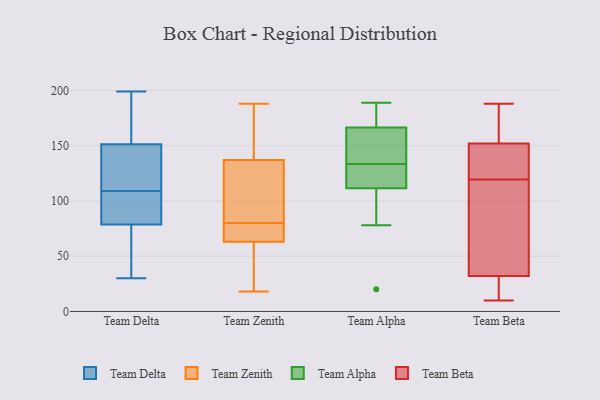
{"axis": {"x": "Revenue (USD Million)", "y": "Value"}, "legend": ["Team Alpha", "Team Beta", "Team Delta", "Team Zenith"], "data": [{"x": "", "y": 150, "type": "Team Delta"}, {"x": "", "y": 84, "type": "Team Delta"}, {"x": "", "y": 199, "type": "Team Delta"}, {"x": "", "y": 93, "type": "Team Delta"}, {"x": "", "y": 79, "type": "Team Delta"}, {"x": "", "y": 111, "type": "Team Delta"}, {"x": "", "y": 51, "type": "Team Delta"}, {"x": "", "y": 126, "type": "Team Delta"}, {"x": "", "y": 30, "type": "Team Delta"}, {"x": "", "y": 63, "type": "Team Delta"}, {"x": "", "y": 195, "type": "Team Delta"}, {"x": "", "y": 155, "type": "Team Delta"}, {"x": "", "y": 107, "type": "Team Delta"}, {"x": "", "y": 187, "type": "Team Delta"}, {"x": "", "y": 109, "type": "Team Delta"}, {"x": "", "y": 78, "type": "Team Delta"}, {"x": "", "y": 126, "type": "Team Delta"}, {"x": "", "y": 77, "type": "Team Zenith"}, {"x": "", "y": 188, "type": "Team Zenith"}, {"x": "", "y": 18, "type": "Team Zenith"}, {"x": "", "y": 84, "type": "Team Zenith"}, {"x": "", "y": 69, "type": "Team Zenith"}, {"x": "", "y": 161, "type": "Team Zenith"}, {"x": "", "y": 51, "type": "Team Zenith"}, {"x": "", "y": 169, "type": "Team Zenith"}, {"x": "", "y": 129, "type": "Team Zenith"}, {"x": "", "y": 66, "type": "Team Zenith"}, {"x": "", "y": 92, "type": "Team Zenith"}, {"x": "", "y": 80, "type": "Team Zenith"}, {"x": "", "y": 97, "type": "Team Zenith"}, {"x": "", "y": 18, "type": "Team Zenith"}, {"x": "", "y": 54, "type": "Team Zenith"}, {"x": "", "y": 77, "type": "Team Zenith"}, {"x": "", "y": 173, "type": "Team Zenith"}, {"x": "", "y": 102, "type": "Team Alpha"}, {"x": "", "y": 121, "type": "Team Alpha"}, {"x": "", "y": 172, "type": "Team Alpha"}, {"x": "", "y": 144, "type": "Team Alpha"}, {"x": "", "y": 128, "type": "Team Alpha"}, {"x": "", "y": 122, "type": "Team Alpha"}, {"x": "", "y": 187, "type": "Team Alpha"}, {"x": "", "y": 142, "type": "Team Alpha"}, {"x": "", "y": 92, "type": "Team Alpha"}, {"x": "", "y": 161, "type": "Team Alpha"}, {"x": "", "y": 138, "type": "Team Alpha"}, {"x": "", "y": 172, "type": "Team Alpha"}, {"x": "", "y": 129, "type": "Team Alpha"}, {"x": "", "y": 189, "type": "Team Alpha"}, {"x": "", "y": 20, "type": "Team Alpha"}, {"x": "", "y": 78, "type": "Team Alpha"}, {"x": "", "y": 119, "type": "Team Beta"}, {"x": "", "y": 62, "type": "Team Beta"}, {"x": "", "y": 137, "type": "Team Beta"}, {"x": "", "y": 120, "type": "Team Beta"}, {"x": "", "y": 69, "type": "Team Beta"}, {"x": "", "y": 140, "type": "Team Beta"}, {"x": "", "y": 175, "type": "Team Beta"}, {"x": "", "y": 32, "type": "Team Beta"}, {"x": "", "y": 168, "type": "Team Beta"}, {"x": "", "y": 10, "type": "Team Beta"}, {"x": "", "y": 152, "type": "Team Beta"}, {"x": "", "y": 24, "type": "Team Beta"}, {"x": "", "y": 188, "type": "Team Beta"}, {"x": "", "y": 15, "type": "Team Beta"}]}